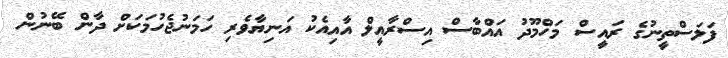
ފަލަސްތީނުގެ ރައީސް މަހްމޫދު އައްބާސް އިސްރާއީލް އާއިއެކު އަނިޔާވެރި ހަމަނުޖެހުމަކަށް ދާން ބޭނުން